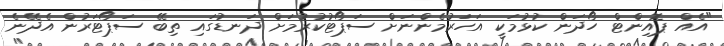
"އެއް ޕޮއިންޓް ހޯދަން ކުޅުމަކީ އަހަރުމެންނަށް ސަޕޯޓުކުރުމަށް ދަނޑުގައި ތިބޭ ސަޕޯޓަރުން އެދޭނެ